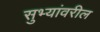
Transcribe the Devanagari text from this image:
सुभ्यांवरील